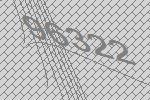
96322